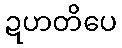
ဍဟတိပေ